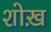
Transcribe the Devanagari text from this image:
शोख़